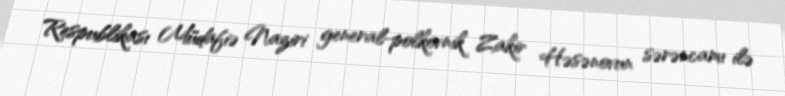
Respublikası Müdafiə Naziri general-polkovnik Zakir Həsənovun sərəncamı ilə